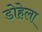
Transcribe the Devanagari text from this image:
डोहेला